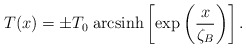
\begin{align*}T(x)=\pm T_{0}\;{\rm arcsinh}\left[\exp \left(\frac{x}{\zeta_B}\right)\right].\end{align*}